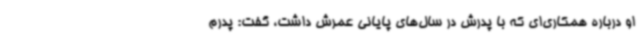
او درباره همکاری‌ای که با پدرش در سال‌های پایانی عمرش داشت، گفت: پدرم